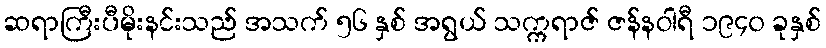
ဆရာကြီးပီမိုးနင်းသည် အသက် ၅၆ နှစ် အရွယ် သက္ကရာဇ် ဇန်နဝါရီ ၁၉၄၀ ခုနှစ်